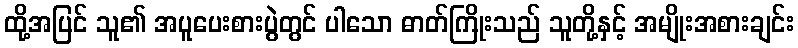
ထို့အပြင် သူ၏ အပူပေးစားပွဲတွင် ပါသော ဓာတ်ကြိုးသည် သူတို့နှင့် အမျိုးအစားချင်း